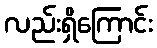
လည်းရှိကြောင်း